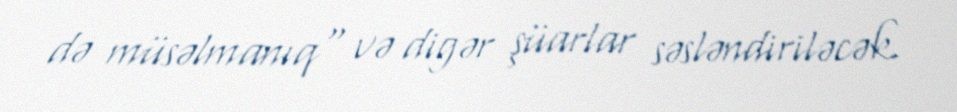
də müsəlmanıq" və digər şüarlar səsləndiriləcək.